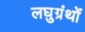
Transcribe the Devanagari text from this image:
लघुग्रंथों